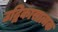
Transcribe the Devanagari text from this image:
उद्विकासात्मक